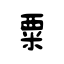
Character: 粟